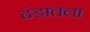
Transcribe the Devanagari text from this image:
दंडातला